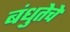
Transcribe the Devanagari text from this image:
बंधुतेचे